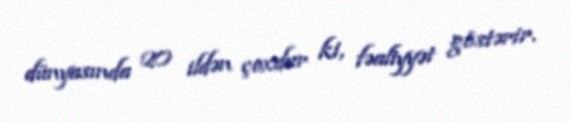
dünyasında 20 ildən çoxdur ki, fəaliyyət göstərir.